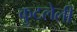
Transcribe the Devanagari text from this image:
कुटलेली